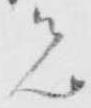
者